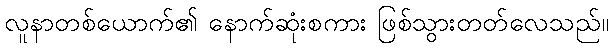
လူနာတစ်ယောက်၏ နောက်ဆုံးစကား ဖြစ်သွားတတ်လေသည်။